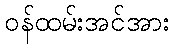
ဝန်ထမ်းအင်အား